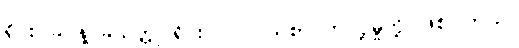
ရိုင်း၊ ခဲ နဲ့ ခဲသတ္တု ရိုင်း၊ ပင်လယ်စာ တင်ပို့မှုတို့ ဖြစ်ပါတယ်။